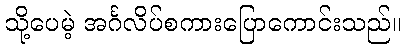
သို့ပေမဲ့ အင်္ဂလိပ်စကားပြောကောင်းသည်။